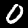
Label: 0